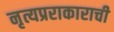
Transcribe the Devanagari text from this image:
नृत्यप्रराकाराची